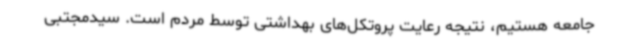
جامعه هستیم، نتیجه رعایت پروتکل‌های بهداشتی توسط مردم است. سیدمجتبی